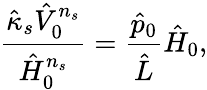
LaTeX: \frac{\hat{\kappa}_{s}\hat{V}_{0}^{n_{s}}}{\hat{H}_{0}^{n_{s}}}=\frac{\hat{p}_{0}}{\hat{L}}\hat{H}_{0},